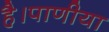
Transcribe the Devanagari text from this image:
है।पाणीया